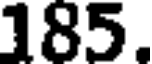
185.